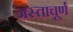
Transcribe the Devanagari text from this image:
जस्ताचूर्ण